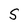
Character: S